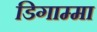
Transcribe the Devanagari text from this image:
डिगाम्मा